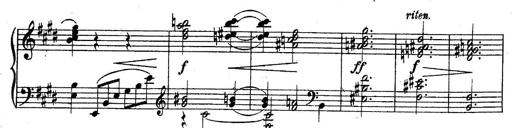
Title: Sonatine
Composer: Adrian Shaposhnikov
Key: E minor